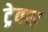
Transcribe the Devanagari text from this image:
ट्रेवस